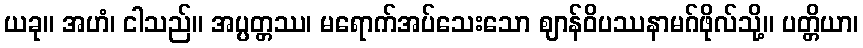
ယခု။ အဟံ၊ ငါသည်။ အပ္ပတ္တဿ၊ မရောက်အပ်သေးသော ဈာန်ဝိပဿနာမဂ်ဖိုလ်သို့။ ပတ္တိယာ၊